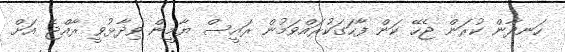
ހަނދާން ކުރަން ޖެހޭ ކަން ފާހަގަކުރައްވަމުން ރައީސް ޔާމީން ވިދާޅުވީ ރާއްޖެ އަށް